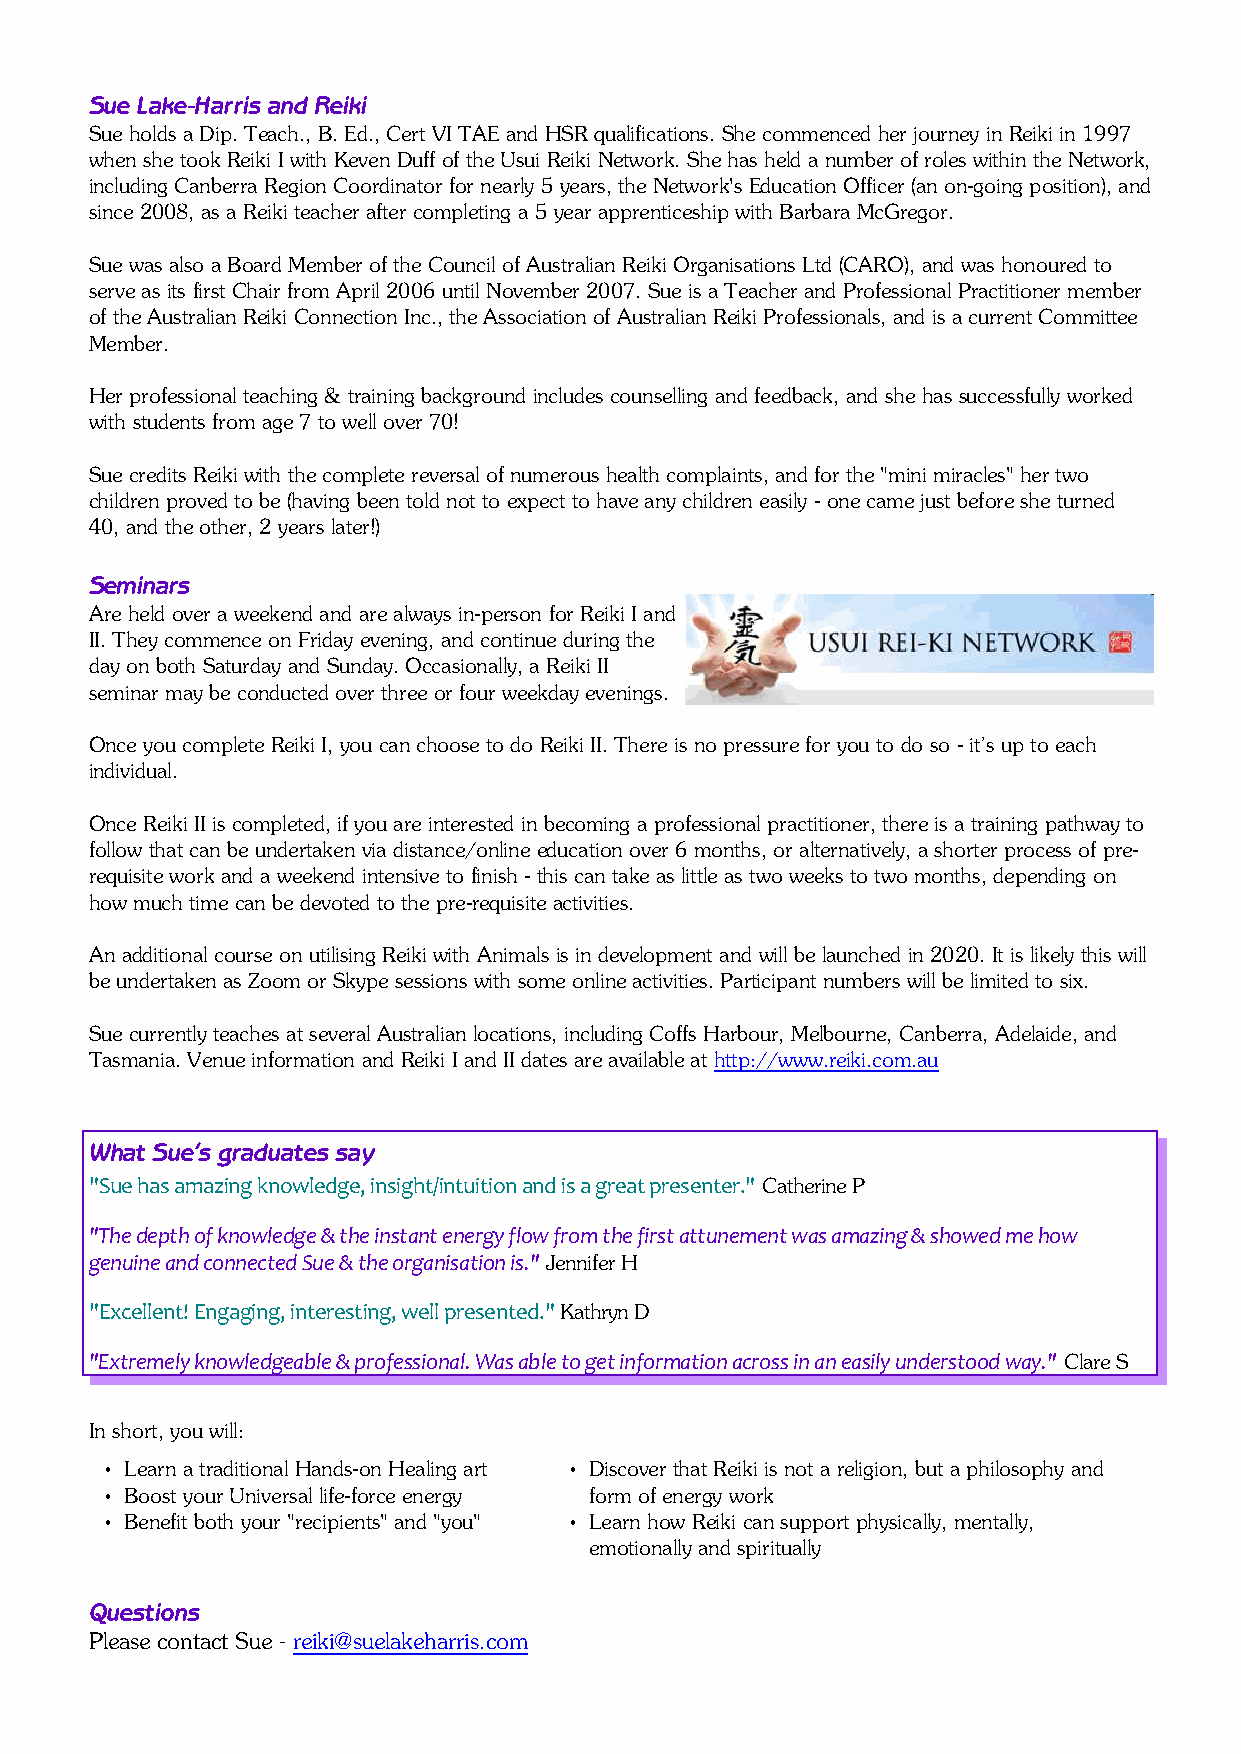
Sue Lake-Harris and Reiki
 Sue holds a Dip. Teach., B. Ed., Cert VI TAE and HSR qualifications. She commenced her journey in Reiki in 1997
 when she took Reiki I with Keven Duff of the Usui Reiki Network. She has held a number of roles within the Network,
 including Canberra Region Coordinator for nearly 5 years, the Network's Education Officer (an on-going position), and
 since 2008, as a Reiki teacher after completing a 5 year apprenticeship with Barbara McGregor.
 Sue was also a Board Member of the Council of Australian Reiki Organisations Ltd (CARO), and was honoured to
 serve as its first Chair from April 2006 until November 2007. Sue is a Teacher and Professional Practitioner member
 of the Australian Reiki Connection Inc., the Association of Australian Reiki Professionals, and is a current Committee
 Member.
 Her professional teaching & training background includes counselling and feedback, and she has successfully worked
 with students from age 7 to well over 70!
 Sue credits Reiki with the complete reversal of numerous health complaints, and for the "mini miracles" her two
 children proved to be (having been told not to expect to have any children easily - one came just before she turned
 40, and the other, 2 years later!)
 Seminars
 Are held over a weekend and are always in-person for Reiki I and
 II. They commence on Friday evening, and continue during the
 day on both Saturday and Sunday. Occasionally, a Reiki II
 seminar may be conducted over three or four weekday evenings.
 Once you complete Reiki I, you can choose to do Reiki II. There is no pressure for you to do so - it’s up to each
 individual.
 Once Reiki II is completed, if you are interested in becoming a professional practitioner, there is a training pathway to
 follow that can be undertaken via distance/online education over 6 months, or alternatively, a shorter process of pre-
 requisite work and a weekend intensive to finish - this can take as little as two weeks to two months, depending on
 how much time can be devoted to the pre-requisite activities.
 An additional course on utilising Reiki with Animals is in development and will be launched in 2020. It is likely this will
 be undertaken as Zoom or Skype sessions with some online activities. Participant numbers will be limited to six.
 Sue currently teaches at several Australian locations, including Coffs Harbour, Melbourne, Canberra, Adelaide, and
 Tasmania. Venue information and Reiki I and II dates are available at http://www.reiki.com.au
 What Sue’s graduates say
 "Sue has amazing knowledge, insight/intuition and is a great presenter." Catherine P
 "The depth of knowledge & the instant energy flow from the first attunement was amazing & showed me how
 genuine and connected Sue & the organisation is." Jennifer H
 "Excellent! Engaging, interesting, well presented." Kathryn D
 "Extremely knowledgeable & professional. Was able to get information across in an easily understood way." Clare S
 In short, you will:
 • Learn a traditional Hands-on Healing art • Discover that Reiki is not a religion, but a philosophy and
 • Boost your Universal life-force energy form of energy work
 • Benefit both your "recipients" and "you" • Learn how Reiki can support physically, mentally,
 emotionally and spiritually
 Questions
 Please contact Sue - reiki@suelakeharris.com